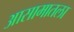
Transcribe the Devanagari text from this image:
आसामातला